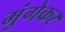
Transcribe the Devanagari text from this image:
मुंगेकर